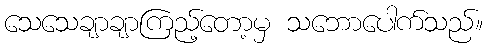
သေသေချာချာကြည့်တော့မှ သဘောပေါက်သည်။